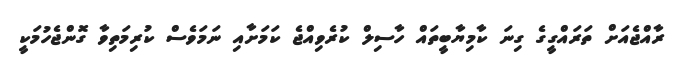
ރާއްޖެއަށް ތަރައްގީގެ ގިނަ ކާމިޔާބީތައް ހާސިލް ކުރެވިއްޖެ ކަމަށާއި ނަމަވެސް ކުރިމަތިވާ ގޮންޖެހުމަކީ